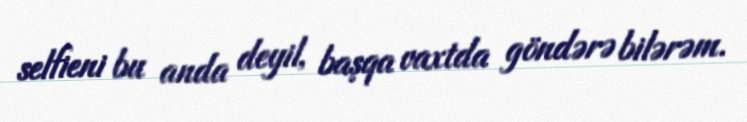
selfieni bu anda deyil, başqa vaxtda göndərə bilərəm.